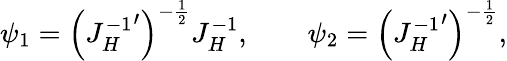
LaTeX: \psi_{1}=\left({J_{H}^{-1}}^{\prime}\right)^{-{\frac{1}{2}}}J_{H}^{-1},\qquad\psi_{2}=\left({J_{H}^{-1}}^{\prime}\right)^{-{\frac{1}{2}}},